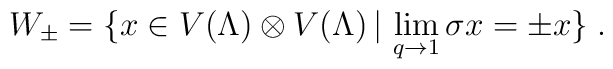
W_\pm=\{x\in V(\Lambda)\otimes V(\Lambda)\,|\,\lim_{q\rightarrow 1}\sigma x=\pm x\}\;.